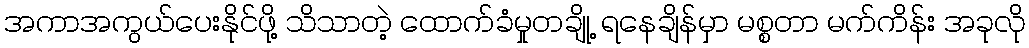
အကာအကွယ်ပေးနိုင်ဖို့ သိသာတဲ့ ထောက်ခံမှုတချို့ ရနေချိန်မှာ မစ္စတာ မက်ကိန်း အခုလို